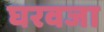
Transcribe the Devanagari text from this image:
घरवजा